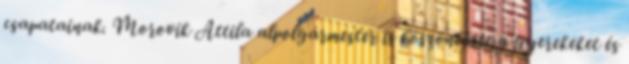
csapatainak. Morovik Attila alpolgármester is köszöntötte a gyerekeket és